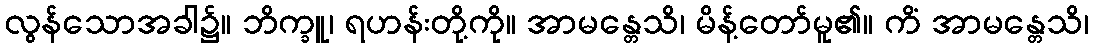
လွန်သောအခါ၌။ ဘိက္ခူ၊ ရဟန်းတို့ကို။ အာမန္တေသိ၊ မိန့်တော်မူ၏။ ကိံ အာမန္တေသိ၊